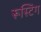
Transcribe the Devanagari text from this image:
रूस्टिंग